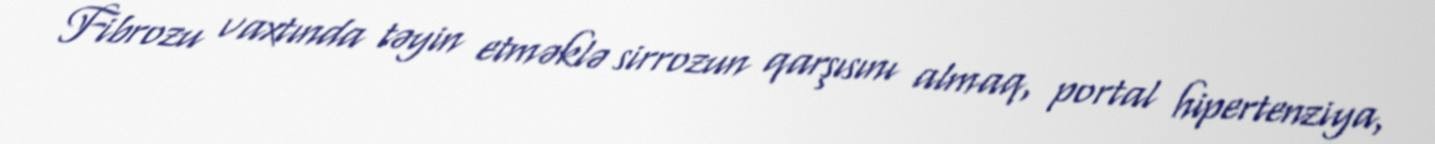
Fibrozu vaxtında təyin etməklə sirrozun qarşısını almaq, portal hipertenziya,